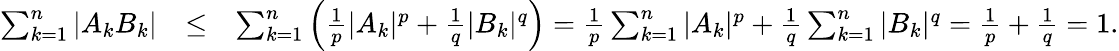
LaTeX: \begin{array}{rlr}{\sum_{k=1}^{n}|A_{k}B_{k}|}&{\leq}&{\sum_{k=1}^{n}\Big(\frac{1}{p}|A_{k}|^{p}+\frac{1}{q}|B_{k}|^{q}\Big)=\frac{1}{p}\sum_{k=1}^{n}|A_{k}|^{p}+\frac{1}{q}\sum_{k=1}^{n}|B_{k}|^{q}=\frac{1}{p}+\frac{1}{q}=1.}\end{array}